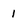
Character: 1